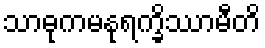
သာဓုကမနုရက္ခိဿာမီတိ